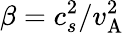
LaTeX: \beta=c_{s}^{2}/v_{\mathrm{A}}^{2}